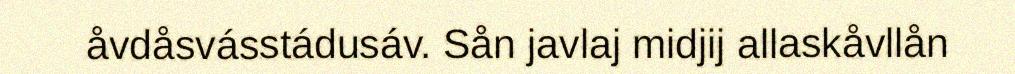
åvdåsvásstádusáv. Sån javlaj midjij allaskåvllån